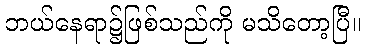
ဘယ်နေရာ၌ဖြစ်သည်ကို မသိတော့ပြီ။